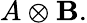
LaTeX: A\otimes\mathbf{B}.